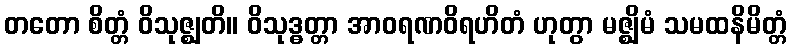
တတော စိတ္တံ ဝိသုဇ္ဈတိ။ ဝိသုဒ္ဓတ္တာ အာဝရဏဝိရဟိတံ ဟုတွာ မဇ္ဈိမံ သမထနိမိတ္တံ